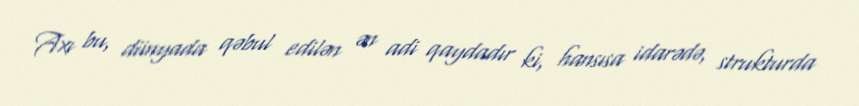
Axı bu, dünyada qəbul edilən ən adi qaydadır ki, hansısa idarədə, strukturda